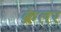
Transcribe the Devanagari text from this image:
क्रेलर